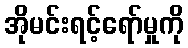
အိုမင်းရင့်ရော်မှုကို